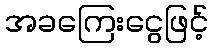
အခကြေးငွေဖြင့်